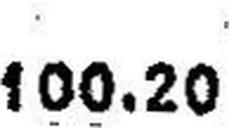
100.20